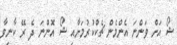
ޝޯ އަށް ވަންނަ އެންމެން ޗެކްކުރުމަށާއި ޝޯ އޮންނަ ދެ ރޭ ކާނިވާ